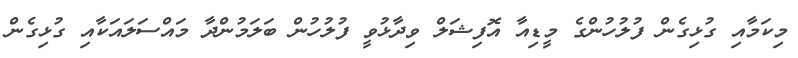
މިކަމާއި ގުޅިގެން ފުލުހުންގެ މީޑިއާ އޮފިޝަލް ވިދާޅުވީ ފުލުހުން ބަލަމުންދާ މައްސަލައަކާއި ގުޅިގެން